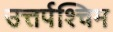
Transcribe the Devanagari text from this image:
उत्तर्पश्चिम